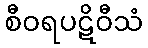
စီဝရပဋိဝီသံ